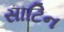
સાટિન